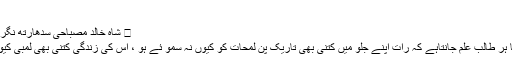
*
✍ شاہ خالد مصباحی سدھارتھ نگری ___
تاریخ کا ہر طالب علم جانتاہے کہ رات اپنے جلو میں کتنی بھی تاریک پن لمحات کو کیوں نہ سمو ئے ہو ، اس کی زندگی کتنی بھی لمبی کیوں نہ ہو۔